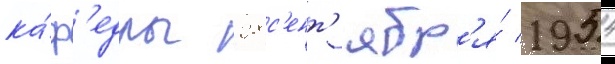
ка́ф'едры 28 с'ент'ябр'я́ 1954